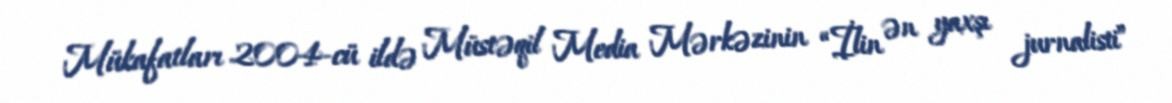
Mükafatları 2004-cü ildə Müstəqil Media Mərkəzinin “İlin ən yaxşı jurnalisti”